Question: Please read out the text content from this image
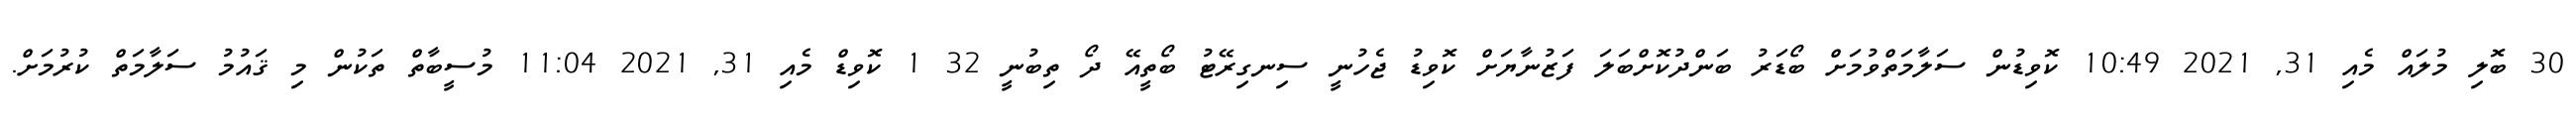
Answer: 30 ބޮލި މުލައް މެއި 31, 2021 10:49 ކޮވިޑުން ސަލާމަތްވުމަށް ބޯޑަރު ބަންދުކޮށްބަލަ ފަޒުނާޔަށް ކޮވިޑު ޖެހުނީ ސިނގިރޭޓު ބޯތީއޭ ދޯ ތިބުނީ 32 1 ކޮވިޑް މެއި 31, 2021 11:04 މުސީބާތް ތަކުން މި ޤައުމު ސަލާމަތް ކުރުމަށް.